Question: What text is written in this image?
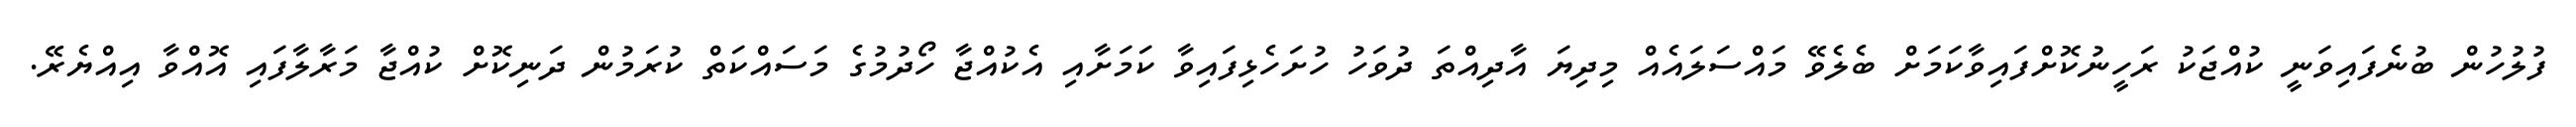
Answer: ފުލުހުން ބުނެފައިވަނީ ކުއްޖަކު ރަހީނުކޮށްފައިވާކަމަށް ބެލެވޭ މައްސަލައެއް މިދިޔަ އާދިއްތަ ދުވަހު ހުށަހެޅިފައިވާ ކަމަށާއި އެކުއްޖާ ހޯދުމުގެ މަސައްކަތް ކުރަމުން ދަނިކޮށް ކުއްޖާ މަރާލާފައި އޮއްވާ އިއްޔެރޭ.